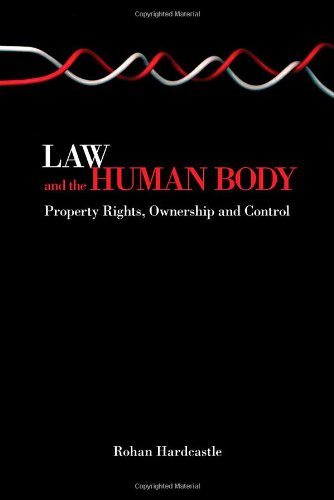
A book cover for Law and the Human Body: Property Rights, Ownership and Control; Rohan J. Hardcastle; Law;